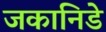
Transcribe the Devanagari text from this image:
जकानिडे